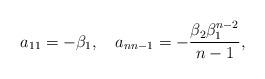
LaTeX: \begin{align*}a_{11}=-\beta_1,\quad a_{nn-1}=-\frac{\beta_2\beta_1^{n-2}}{n-1},\end{align*}